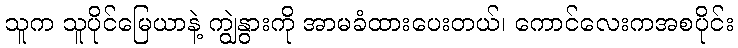
သူက သူပိုင်မြေယာနဲ့ ကျွဲနွားကို အာမခံထားပေးတယ်၊ ကောင်လေးကအစပိုင်း